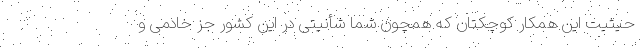
حیثیت این همکار کوچکتان که همچون شما شأنیتی در این کشور جز خادمی و